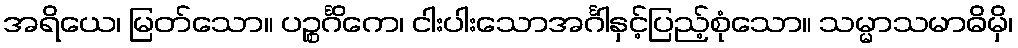
အရိယေ၊ မြတ်သော။ ပဉ္စင်္ဂိကေ၊ ငါးပါးသောအင်္ဂါနှင့်ပြည့်စုံသော။ သမ္မာသမာဓိမှိ၊